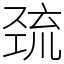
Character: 巯